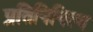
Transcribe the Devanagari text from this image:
प्रतिनिनित्व